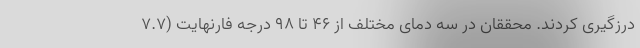
درزگیری کردند. محققان در سه دمای مختلف از ۴۶ تا ۹۸ درجه فارنهایت (۷.۷